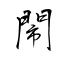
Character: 閙